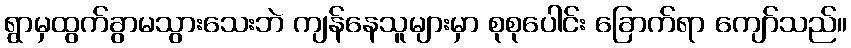
ရွာမှထွက်ခွာမသွားသေးဘဲ ကျန်နေသူများမှာ စုစုပေါင်း ခြောက်ရာ ကျော်သည်။